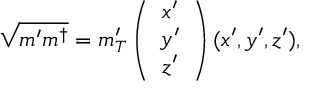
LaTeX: \sqrt { m ^ { \prime } m ^ { \dagger } } = m _ { T } ^ { \prime } \left( \begin{array} { c } { { x ^ { \prime } } } \\ { { y ^ { \prime } } } \\ { { z ^ { \prime } } } \end{array} \right) ( x ^ { \prime } , y ^ { \prime } , z ^ { \prime } ) ,